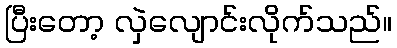
ပြီးတော့ လှဲလျောင်းလိုက်သည်။